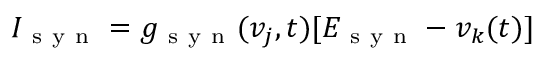
I _ { \mathrm { ~ s ~ y ~ n ~ } } = g _ { \mathrm { ~ s ~ y ~ n ~ } } ( v _ { j } , t ) [ E _ { \mathrm { ~ s ~ y ~ n ~ } } - v _ { k } ( t ) ]